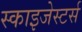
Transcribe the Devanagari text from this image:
स्काइजेस्टर्स